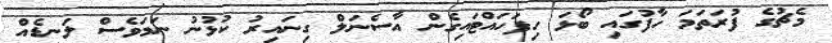
މެޗުގެ ފުރަތަމަ ހާފުގައި ބޯޅަ ހިފަހައްޓައިގެން އާސެނަލް ގިނައިރު ކުޅުނު ނަމަވެސް ލަނޑެއް